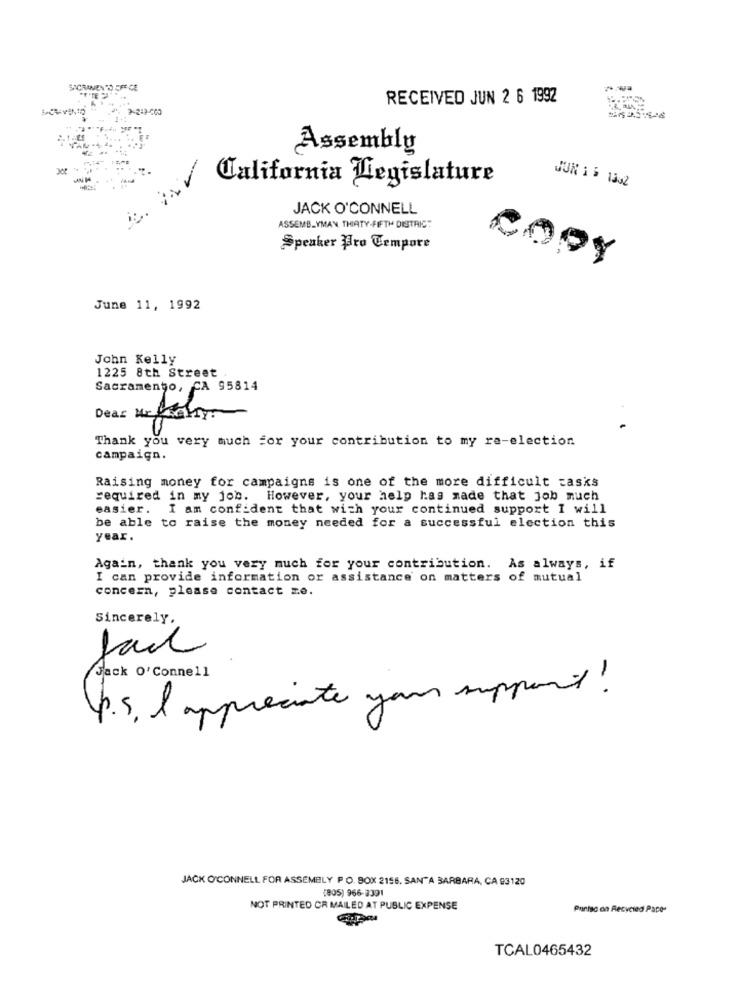
SACRAMENTO CFE GE
RECEIVED JUN 2 6 1992
Assembly
California Legislature
JUN 1 5 1542
JACK O'CONNELL
ASSEMBLYMAN THIATY-FIFTH DISTRICT
Speaker Pro Tempore
COPY
June 11, 1992
John Kelly
1225 8th Street
Sacramento, CA 95814
Dear Mr harry
Thank you very much for your contribution to my re-election.
campaign.
Raising money for campaigns is one of the more difficult tasks
required in my job. However, your help has made that job much
easier. I am confident that with your continued support I will
be able to raise the money needed for a successful election this
year.
Again, thank you very much for your contribution. As always, if
I can provide information or assistance on matters of mutual
concern, please contact me.
Sincerely,
Sack O'Connell
P.s. I appreciate your support !
JACK O'CONNELL FOR ASSEMBLY P.O. BOX 2156, SANTA BARBARA, CA 93120
(805) 966-3391
NOT PRINTED CR MAILED AT PUBLIC EXPENSE
Puntsc on Recycled Pace-
TCAL0465432